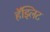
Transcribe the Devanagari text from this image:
हॅझ्लिट